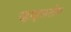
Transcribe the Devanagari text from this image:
व्हाइसरोय